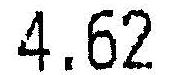
4.62